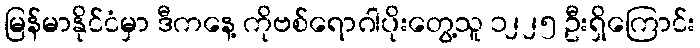
မြန်မာနိုင်ငံမှာ ဒီကနေ့ ကိုဗစ်ရောဂါပိုးတွေ့သူ ၁၂၂၅ ဦးရှိကြောင်း